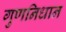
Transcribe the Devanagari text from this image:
गुणनिधान